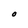
Character: O